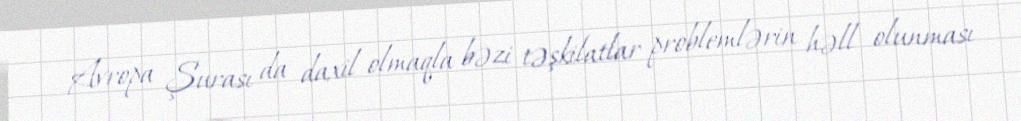
Avropa Şurası da daxil olmaqla bəzi təşkilatlar problemlərin həll olunması